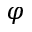
\varphi